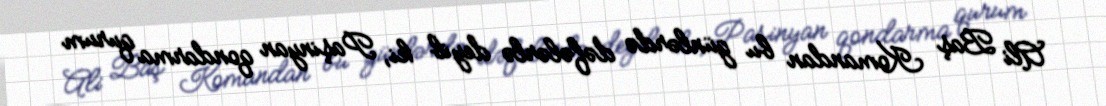
Ali Baş Komandan bu günlərdə dəfələrlə deyib ki, Paşinyan qondarma qurum